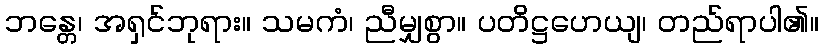
ဘန္တေ၊ အရှင်ဘုရား။ သမကံ၊ ညီမျှစွာ။ ပတိဋ္ဌဟေယျ၊ တည်ရာပါ၏။